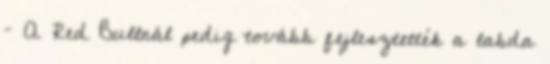
– A Red Bullnál pedig tovább fejlesztették a labda